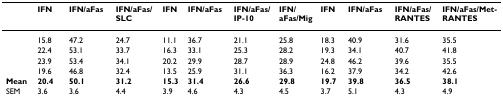
<table><thead><tr><td></td><td><b>IFN</b></td><td><b>IFN/aFas</b></td><td><b>IFN/aFas/ SLC</b></td><td><b>IFN</b></td><td><b>IFN/aFas</b></td><td><b>IFN/aFas/IP-10</b></td><td><b>IFN/aFas/Mig</b></td><td><b>IFN</b></td><td><b>IFN/aFas</b></td><td><b>IFN/aFas/RANTES</b></td><td><b>IFN/aFas/Met-RANTES</b></td></tr></thead><tbody><tr><td></td><td>15.8</td><td>47.2</td><td>24.7</td><td>11.1</td><td>36.7</td><td>21.1</td><td>25.8</td><td>18.3</td><td>40.9</td><td>31.6</td><td>35.5</td></tr><tr><td></td><td>22.4</td><td>53.1</td><td>33.7</td><td>16.3</td><td>33.1</td><td>25.3</td><td>28.2</td><td>19.3</td><td>34.1</td><td>40.7</td><td>41.8</td></tr><tr><td></td><td>23.9</td><td>53.4</td><td>34.1</td><td>20.2</td><td>29.9</td><td>28.7</td><td>28.9</td><td>24.8</td><td>46.2</td><td>39.6</td><td>35.5</td></tr><tr><td></td><td>19.6</td><td>46.8</td><td>32.4</td><td>13.5</td><td>25.9</td><td>31.1</td><td>36.3</td><td>16.2</td><td>37.9</td><td>34.2</td><td>42.6</td></tr><tr><td><b>Mean</b></td><td><b>20.4</b></td><td><b>50.1</b></td><td><b>31.2</b></td><td><b>15.3</b></td><td><b>31.4</b></td><td><b>26.6</b></td><td><b>29.8</b></td><td><b>19.7</b></td><td><b>39.8</b></td><td><b>36.5</b></td><td><b>38.1</b></td></tr><tr><td>SEM</td><td>3.6</td><td>3.6</td><td>4.4</td><td>3.9</td><td>4.6</td><td>4.3</td><td>4.5</td><td>3.7</td><td>5.1</td><td>4.3</td><td>4.9</td></tr></tbody></table>